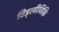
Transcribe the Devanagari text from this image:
टिड्लीविकि